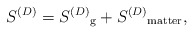
\begin{align*}S^{(D)} = {S^{(D)}}_{\rm g} + {S^{(D)}}_{\rm matter}, \end{align*}